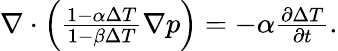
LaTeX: \begin{array}{r}{\nabla\cdot\left(\frac{1-\alpha\Delta T}{1-\beta\Delta T}\nabla p\right)=-\alpha\frac{\partial\Delta T}{\partial t}.}\end{array}